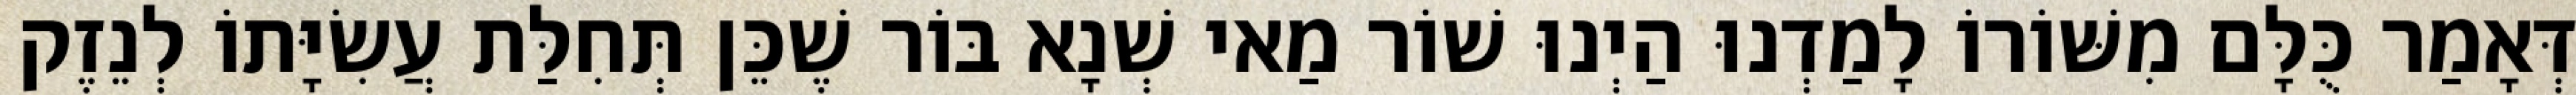
דְּאָמַר כֻּלָּם מִשּׁוֹרוֹ לָמַדְנוּ הַיְנוּ שׁוֹר מַאי שְׁנָא בּוֹר שֶׁכֵּן תְּחִלַּת עֲשִׂיָּתוֹ לְנֵזֶק